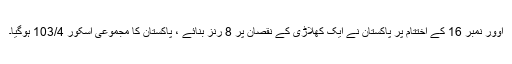
اوور نمبر 16 کے اختتام پر پاکستان نے ایک کھلاڑی کے نقصان پر 8 رنز بنائے ، پاکستان کا مجموعی اسکور 103/4 ہوگیا۔